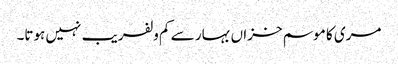
مری کا موسم خزاں بہار سے کم ولفریب نہیں ہوتا۔